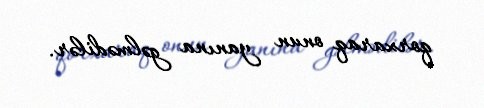
qorxaraq onun yanına gəlmədilər.